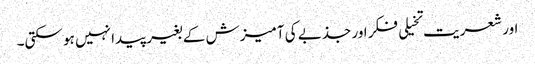
اور شعریت تخیلی فکر اور جذبے کی آمیزش کے بغیر پیدا نہیں ہو سکتی۔